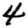
Digit: 4